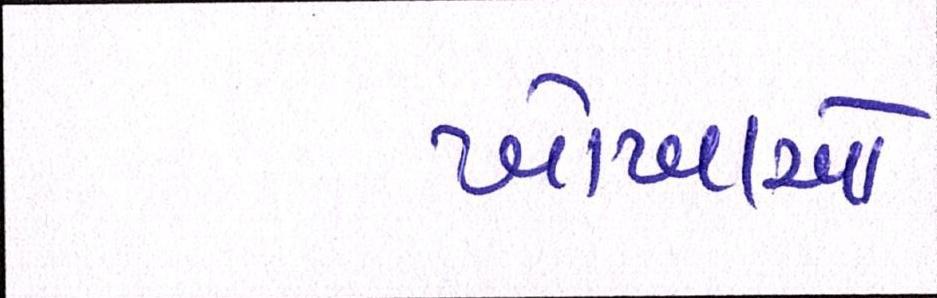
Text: ખોખાઓ